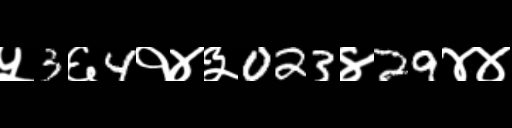
Text: ५3६4१४३023४29४४